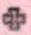
+